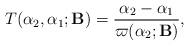
LaTeX: \begin{align*} T(\alpha_2 , \alpha_1;\mathbf{B}) = \frac{\alpha_2 - \alpha_1}{\varpi(\alpha_2;\mathbf{B})},\end{align*}